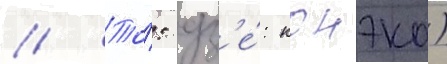
// То́: дз'е́: конэко)